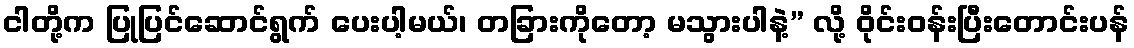
ငါတို့က ပြုပြင်ဆောင်ရွက် ပေးပါ့မယ်၊ တခြားကိုတော့ မသွားပါနဲ့” လို့ ဝိုင်းဝန်းပြီးတောင်းပန်